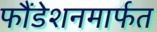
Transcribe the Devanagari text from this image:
फौंडेशनमार्फत